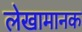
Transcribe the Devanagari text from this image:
लेखामानक